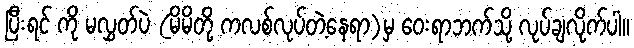
ပြီးရင် ကို မလွှတ်ပဲ (မိမိတို့ ကလစ်လုပ်တဲ့နေရာ)မှ ဝေးရာဘက်သို့ လုပ်ချလိုက်ပါ။